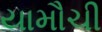
યામૌચી